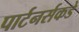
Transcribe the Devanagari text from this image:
पार्टनर्सकडे